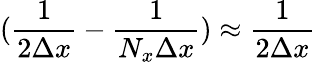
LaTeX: (\frac{1}{2\Delta x}-\frac{1}{N_{x}\Delta x})\approx\frac{1}{2\Delta x}